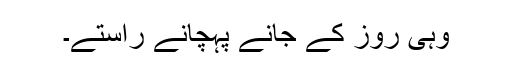
وہی روز کے جانے پہچانے راستے۔